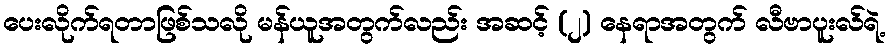
ပေးလိုက်ရတာဖြစ်သလို မန်ယူအတွက်လည်း အဆင့် (၂) နေရာအတွက် လီဗာပူးလ်ရဲ့